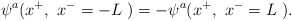
\begin{align*}\psi^a ( x^+,~x^- =-L~)= -\psi^a ( x^+,~x^- =L~). \end{align*}